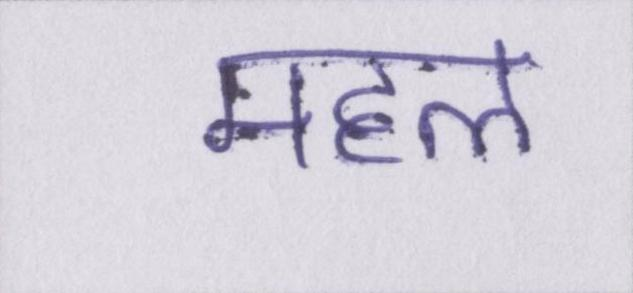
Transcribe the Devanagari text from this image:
महल